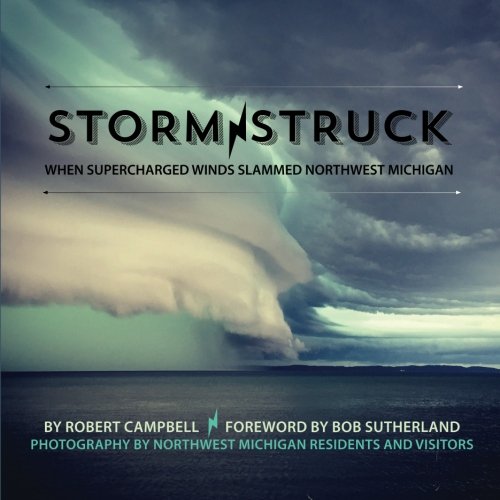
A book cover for Storm Struck: When Supercharged Winds Slammed Northwest Michigan; Mission Point Press; Science & Math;